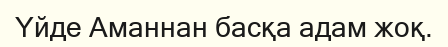
Үйде Аманнан басқа адам жоқ.